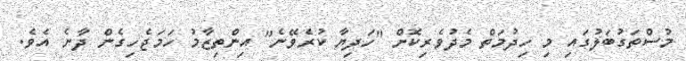
މުސްތަގުބަލުގައި މި ހިދުމަތް މެދުވެރިކޮށް "ހަދިޔާ ކުރެވޭނެ" އިންތިޒާމު ހަމަޖެހިގެން ދާނެ އެވެ.